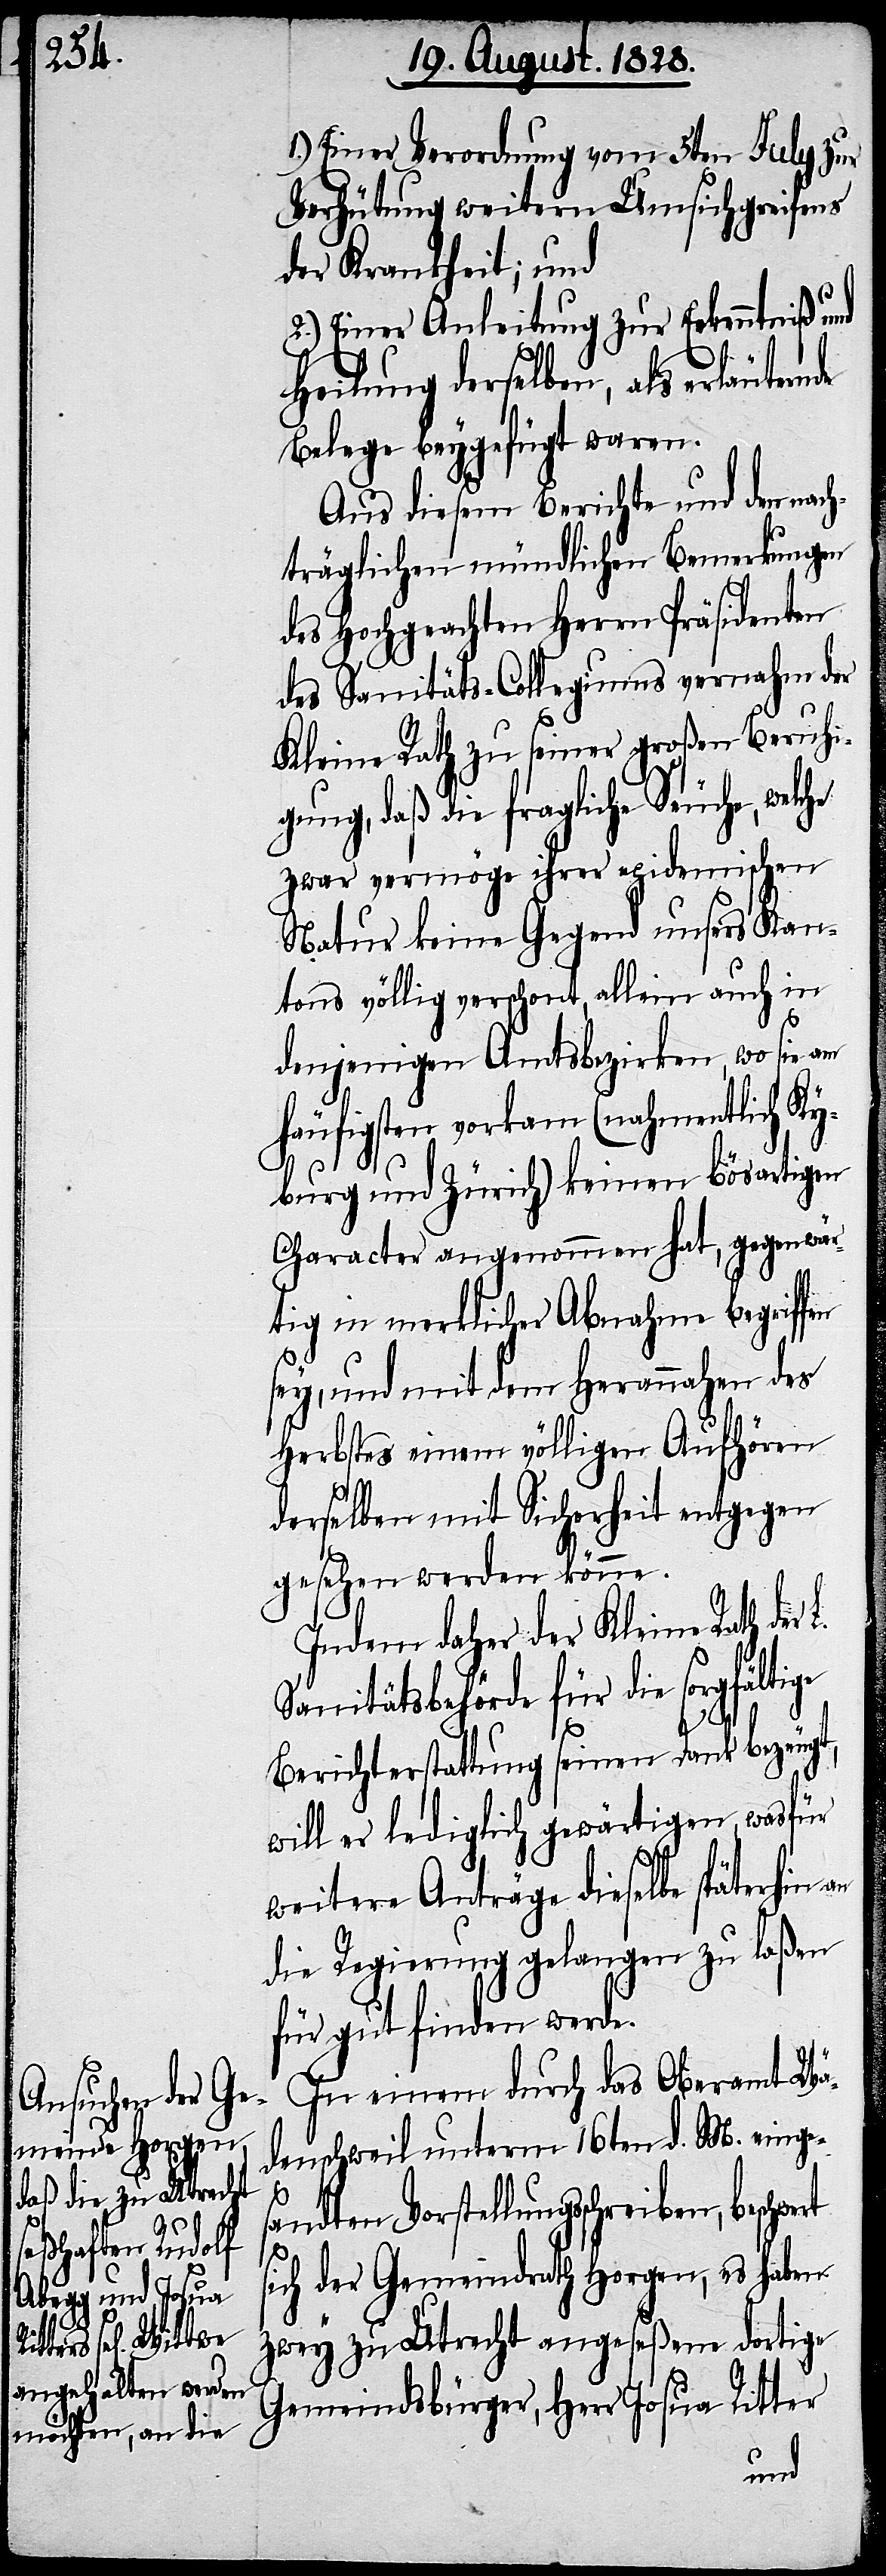
beschwert

1.) Einer Verordnung vom 5ten July zur
Verhütung weitern Umsichgreifens
der Krankheit; und
2.) Einer Anleitung zur Erkenntniß und
Heilung derselben, als erläutern¬
Belege beygefügt waren.
Aus diesem Berichte und den nach¬
träglichen mündlichen Bemerkungen
des Hochgeachten Herrn Präsidenten
des Sanitäts-Collegiums vernahm der
Kleine Rath zu seiner großen Beruhi¬
gung, daß die fragliche Seuche, welche
zwar vermöge ihrer epidemischen
Natur keine Gegend unsers Kan¬
tons völlig verschont, allein auch in
denjenigen Amtsbezirken, wo sie am
häufigsten vorkam (nahmentlich Ky¬
burg und Zürich) keinen bösartigen
Character angenommen hat, gegenwär¬
tig in merklicher Abnahme begriffen
sey, und mit dem Herannahen des
Herbstes einem völligen Aufhören
derselben mit Sicherheit entgegen
gesehen werden könne.
Indem daher der Kleine Rath der
Sanitätsbehörde für die sorgfältige
s¬
Berichterstattung seinen Dank bezeugt,
will er lediglich gewärtigen, was für
weitere Anträge dieselbe späterhin
die Regierung gelangen zu laßen
für gut finden werde.
In einem durch das Oberamt Wä¬
denschweil unterm 16ten d. M. einges¬
andten Vorstellungsschreiben,
ich der Gemeindrath Horgen, es haben
zwey zu Utrecht angeseßene dortige
Gemeindsbürger, Herr Josua Ritter